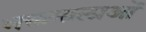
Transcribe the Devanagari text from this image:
भक्तमालाओं